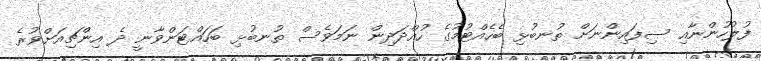
ފުލުހުންނާއި ސިފައިންނަށް ތުނބުޅި ބެހެއްޓުމުގެ ހުއްދަދިން ނަމަވެސް ތުނބުޅި ބަހައްޓަންވާނީ ދެ އިންޗިއަށްވުރެ